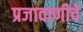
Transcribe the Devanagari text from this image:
प्रजावाणीचे